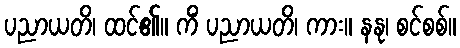
ပညာယတိ၊ ထင်၏။ ကိံ ပညာယတိ၊ ကား။ နနု၊ စင်စစ်။